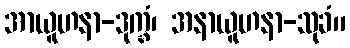
အာယူဟနာ-ဒုက္ခံ၊ အနာယူဟနာ-သုခံ။